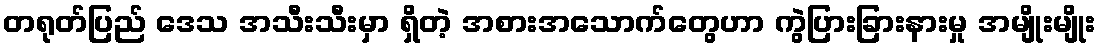
တရုတ်ပြည် ဒေသ အသီးသီးမှာ ရှိတဲ့ အစားအသောက်တွေဟာ ကွဲပြားခြားနားမှု အမျိုးမျိုး